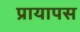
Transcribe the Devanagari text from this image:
प्रायापस